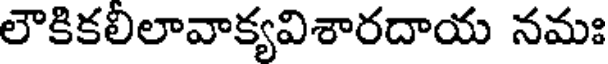
లౌకికలిలావాక్యవిశారదాయ నమః